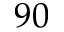
9 0